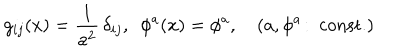
g _ { i j } ( x ) = { \frac { 1 } { a ^ { 2 } } } \, \delta _ { i j } , ~ ~ \phi ^ { a } ( x ) = \phi ^ { a } , \quad ( a , \phi ^ { a } \! : ~ \mathrm { c o n s t . } )